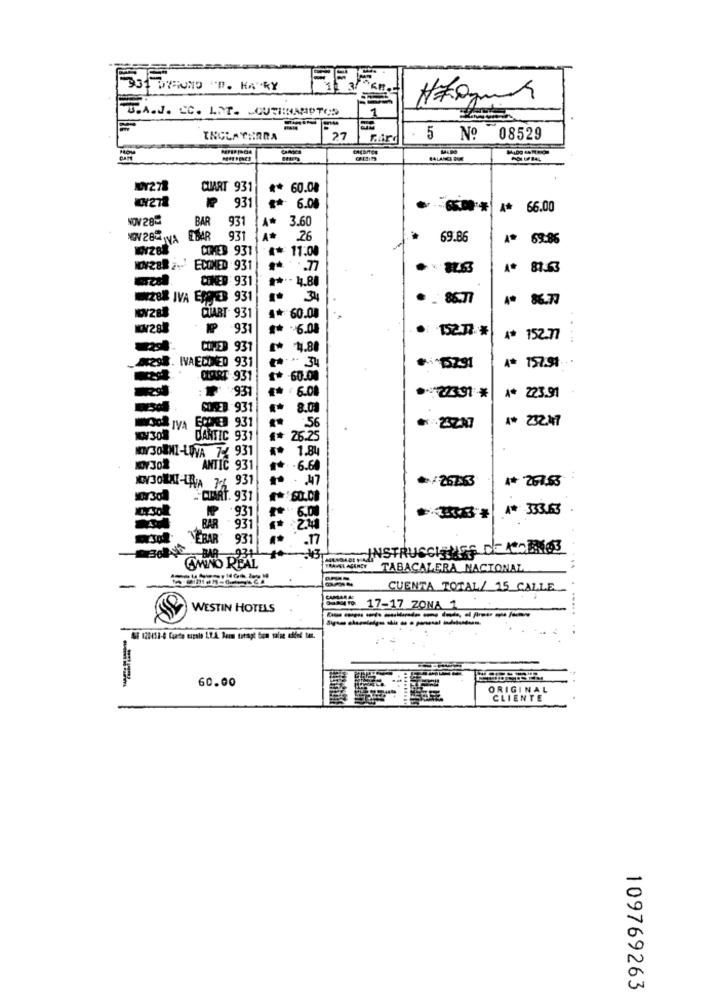
7931 575UN0 "D. KA"RY
T.A.J. CC. LIT. SOUTHHAMPTON
5
INGLATERRA
27
Nº
08529
BALANCE BUM
MUY278
CUART 931
** 60.08
931
6.08
-
A* 66.00
NOV 28
BAR
931
A
3.60
NOV282 IVA
931
A*
.26
69.86
A* 69:86
COMEB 931
A* 11:00
NOV288 2- ECOMED 931
A* 81.63
COMED 931
# **- 4.88
28% IVA EPOTER 931
. 86.77
# 8.77
QUART 931
4* 60.00
-931
** - 6.08
A* 152.77
93
4.80
- 34
A* 157.91
A4298. IVAECONED 931
OFART
931
1* 60.00
931
6.00
23.91 *
4* 223.91
931
8.0
56
A# 232.47
931
23ZA7
DARTIC 931
26.25
1.8
19730
ANTIC 931
.6.6
931
/267.3
** 267.63
COMART. 931
4# 333.63
BAR
EBAR
931
.17
INSTRUSCHUSS DE ACORN63
OMINO REAT
BAR
THANKLAGANGY TABACALERA NACIONAL
CUENTA TOTAL/ 15 CALLE
WESTIN HOTELS
86 17-17 ZONA 1
----------
------
..
60.00
ORIGINAL
CLIENTE
109769263